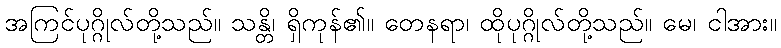
အကြင်ပုဂ္ဂိုလ်တို့သည်။ သန္တိ၊ ရှိကုန်၏။ တေနရာ၊ ထိုပုဂ္ဂိုလ်တို့သည်။ မေ၊ ငါအား။